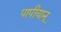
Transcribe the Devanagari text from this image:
पापीयान्‌